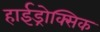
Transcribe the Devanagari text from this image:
हाईड्रोक्सिक